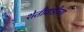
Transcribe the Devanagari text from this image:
शेतीवाडीच्या